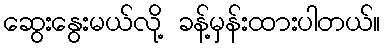
ဆွေးနွေးမယ်လို့ ခန့်မှန်းထားပါတယ်။